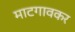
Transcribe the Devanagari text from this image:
माटगावकर